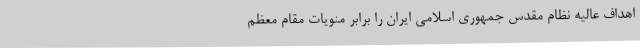
اهداف عالیه نظام مقدس جمهوری اسلامی ایران را برابر منویات مقام معظم